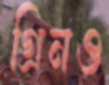
গ্রিনও